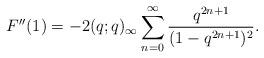
LaTeX: \begin{align*}F''(1)=-2(q;q)_\infty \sum_{n=0}^\infty \frac{q^{2n+1}}{(1-q^{2n+1})^2}.\end{align*}